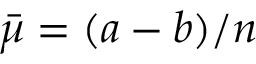
\bar { \mu } = ( a - b ) / n